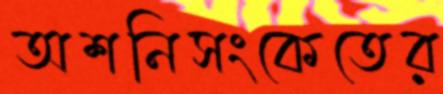
অশনিসংকেতের